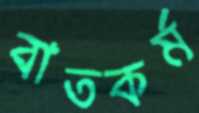
বাতকর্ম